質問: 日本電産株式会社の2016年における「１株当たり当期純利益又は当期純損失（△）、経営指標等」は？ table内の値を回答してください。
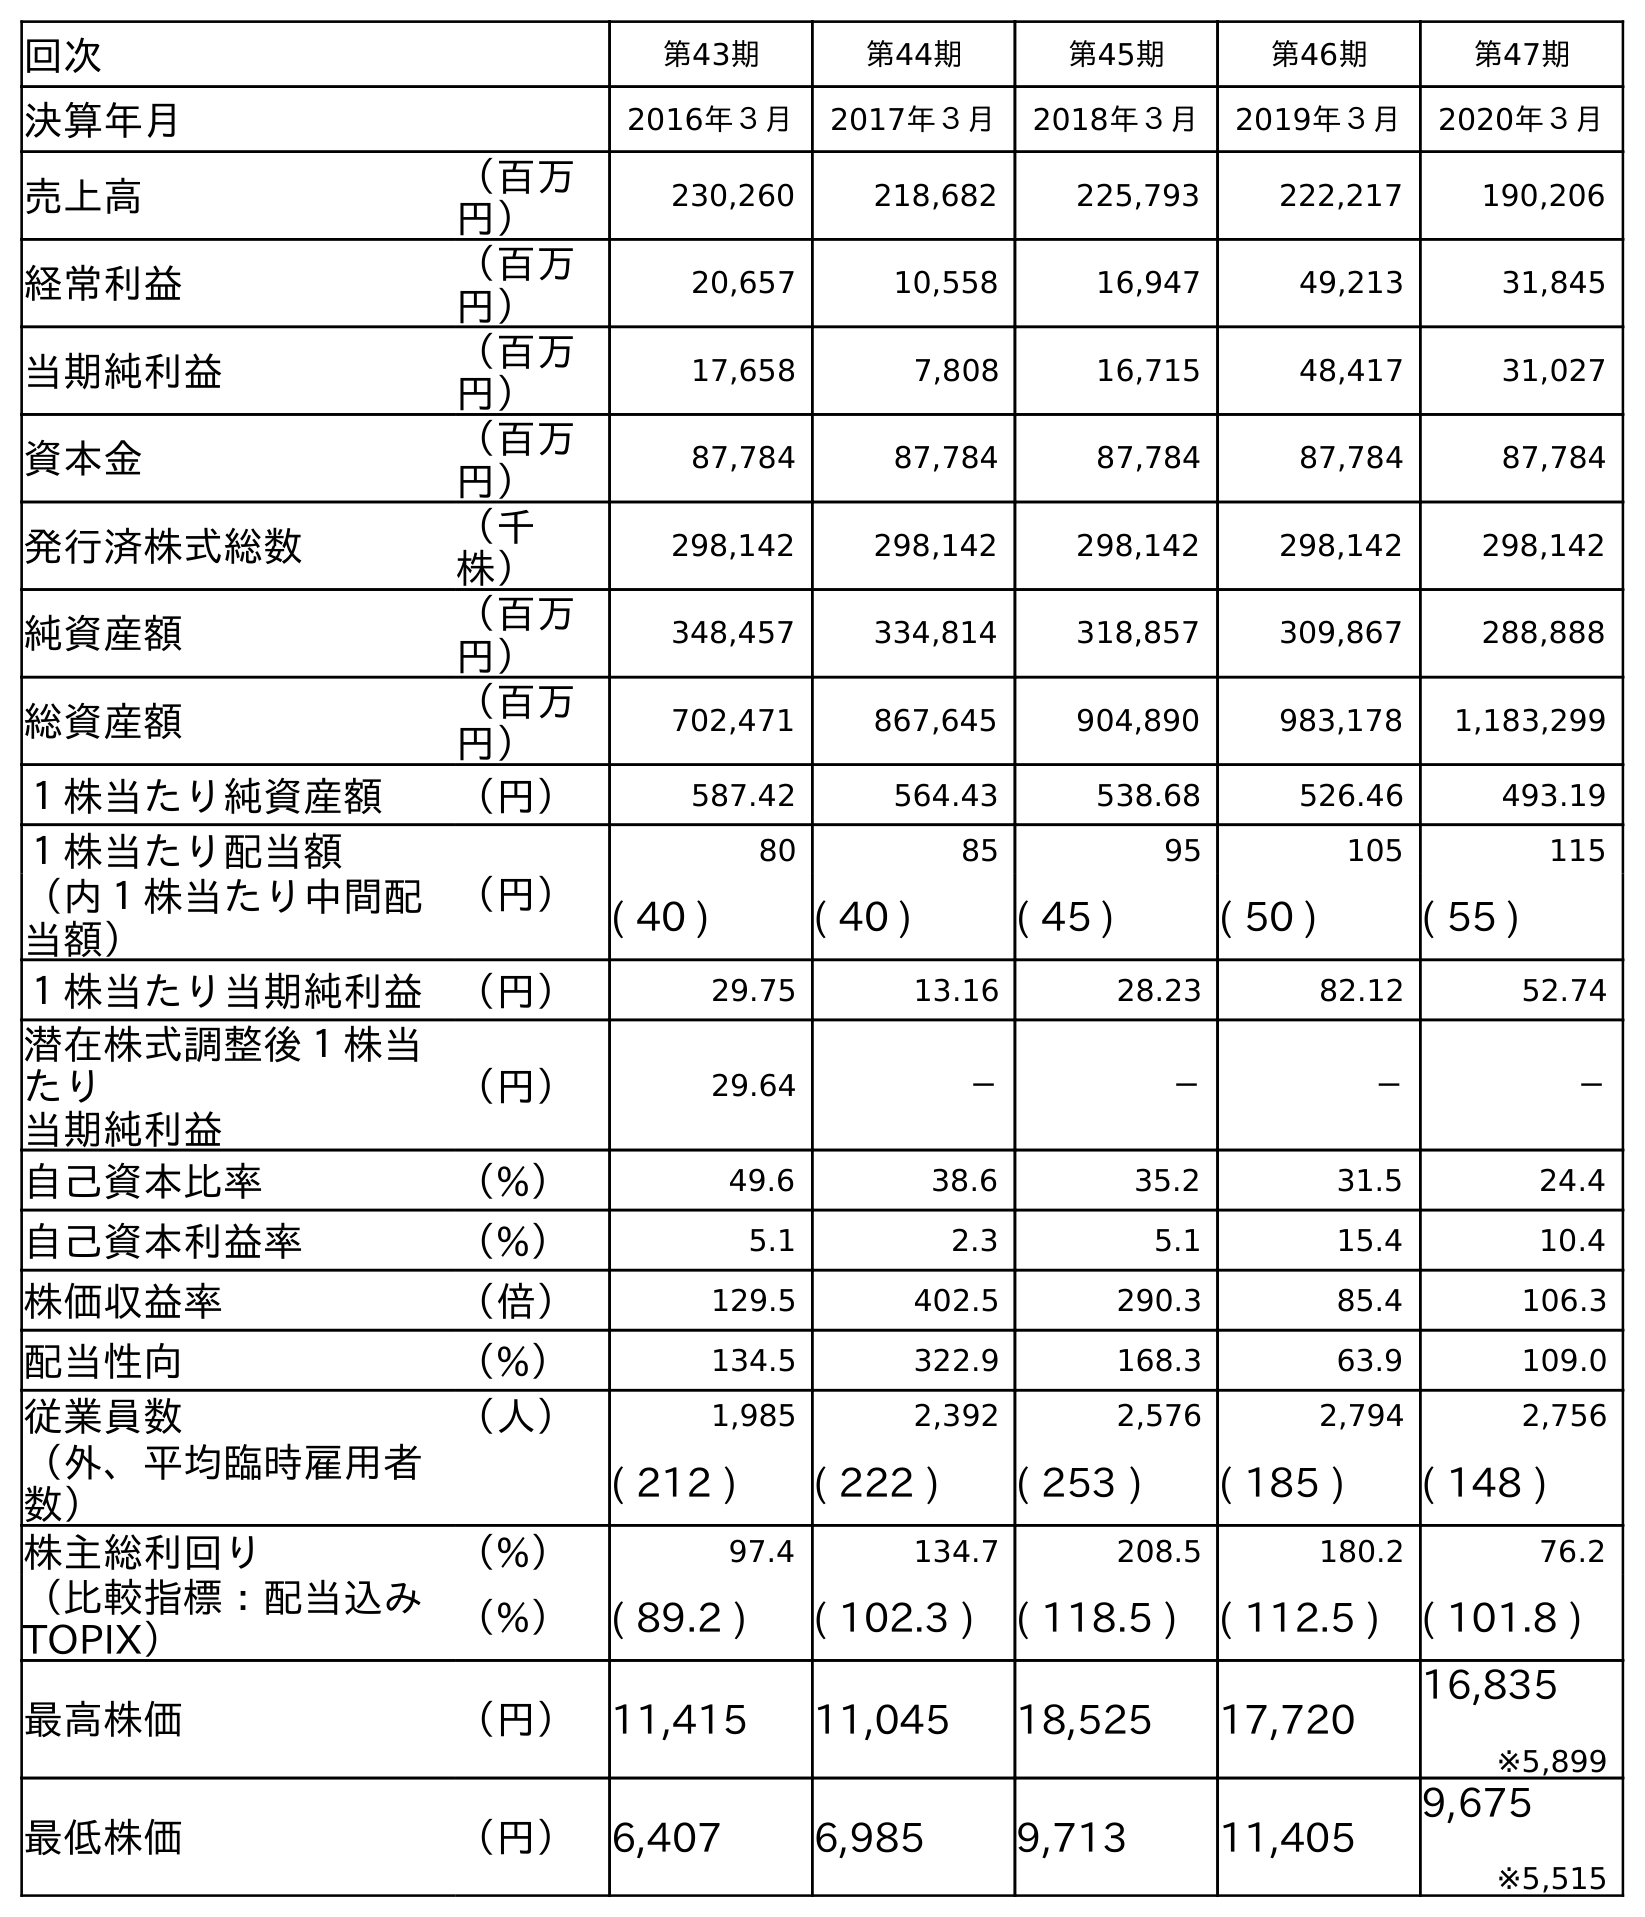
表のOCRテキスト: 回次 第43期 第44期 第45期 第46期 第47期 決算年月 2016年３月 2017年３月 2018年３月 2019年３月 2020年３月 売上高 （百万 円） 230,260 218,682 225,793 222,217 190,206 経常利益 （百万 円） 20,657 10,558 16,947 49,213 31,845 当期純利益 （百万 円） 17,658 7,808 16,715 48,417 31,027 資本金 （百万 円） 87,784 87,784 87,784 87,784 87,784 発行済株式総数 （千 株） 298,142 298,142 298,142 298,142 298,142 純資産額 （百万 円） 348,457 334,814 318,857 309,867 288,888 総資産額 （百万 円） 702,471 867,645 904,890 983,178 1,183,299 １株当たり純資産額 （円） 587.42 564.43 538.68 526.46 493.19 １株当たり配当額 （円） 80 85 95 105 115 （内１株当たり中間配 当額） ( 40 ) ( 40 ) ( 45 ) ( 50 ) ( 55 ) １株当たり当期純利益 （円） 29.75 13.16 28.23 82.12 52.74 潜在株式調整後１株当 たり 当期純利益 （円） 29.64 － － － － 自己資本比率 （%） 49.6 38.6 35.2 31.5 24.4 自己資本利益率 （%） 5.1 2.3 5.1 15.4 10.4 株価収益率 （倍） 129.5 402.5 290.3 85.4 106.3 配当性向 （%） 134.5 322.9 168.3 63.9 109.0 従業員数 （人） 1,985 2,392 2,576 2,794 2,756 （外、平均臨時雇用者 数） ( 212 ) ( 222 ) ( 253 ) ( 185 ) ( 148 ) 株主総利回り （%） 97.4 134.7 208.5 180.2 76.2 （比較指標：配当込み TOPIX） （%） ( 89.2 ) ( 102.3 ) ( 118.5 ) ( 112.5 ) ( 101.8 ) 最高株価 （円） 11,415 11,045 18,525 17,720 16,835 ※5,899 最低株価 （円） 6,407 6,985 9,713 11,405 9,675 ※5,515
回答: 29.75